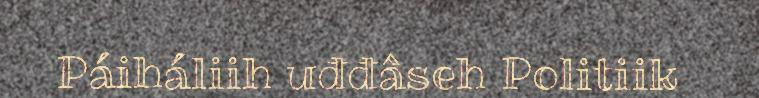
Páiháliih uđđâseh Politiik